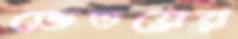
ভেতরের